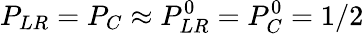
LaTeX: P_{LR}=P_{C}\approx P_{LR}^{0}=P_{C}^{0}=1/2